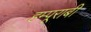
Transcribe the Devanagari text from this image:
हम्पूराबी